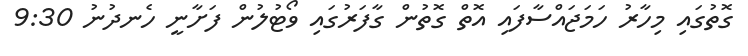
ގޮތުގައި މިހާރު ހަމަޖައްސާފައި އޮތް ގޮތުން ގާފަރުގައި ވޯޓުލުން ފަށާނީ ހެނދުނު 9:30